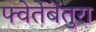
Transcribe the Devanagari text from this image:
फ्वेर्तेबेंतुरा